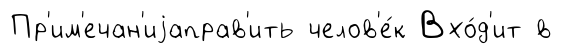
Пр'им'ечан'иjаправ'ить челов'е́к Вхо́д'ит в